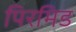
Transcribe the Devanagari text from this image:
पिरमिड